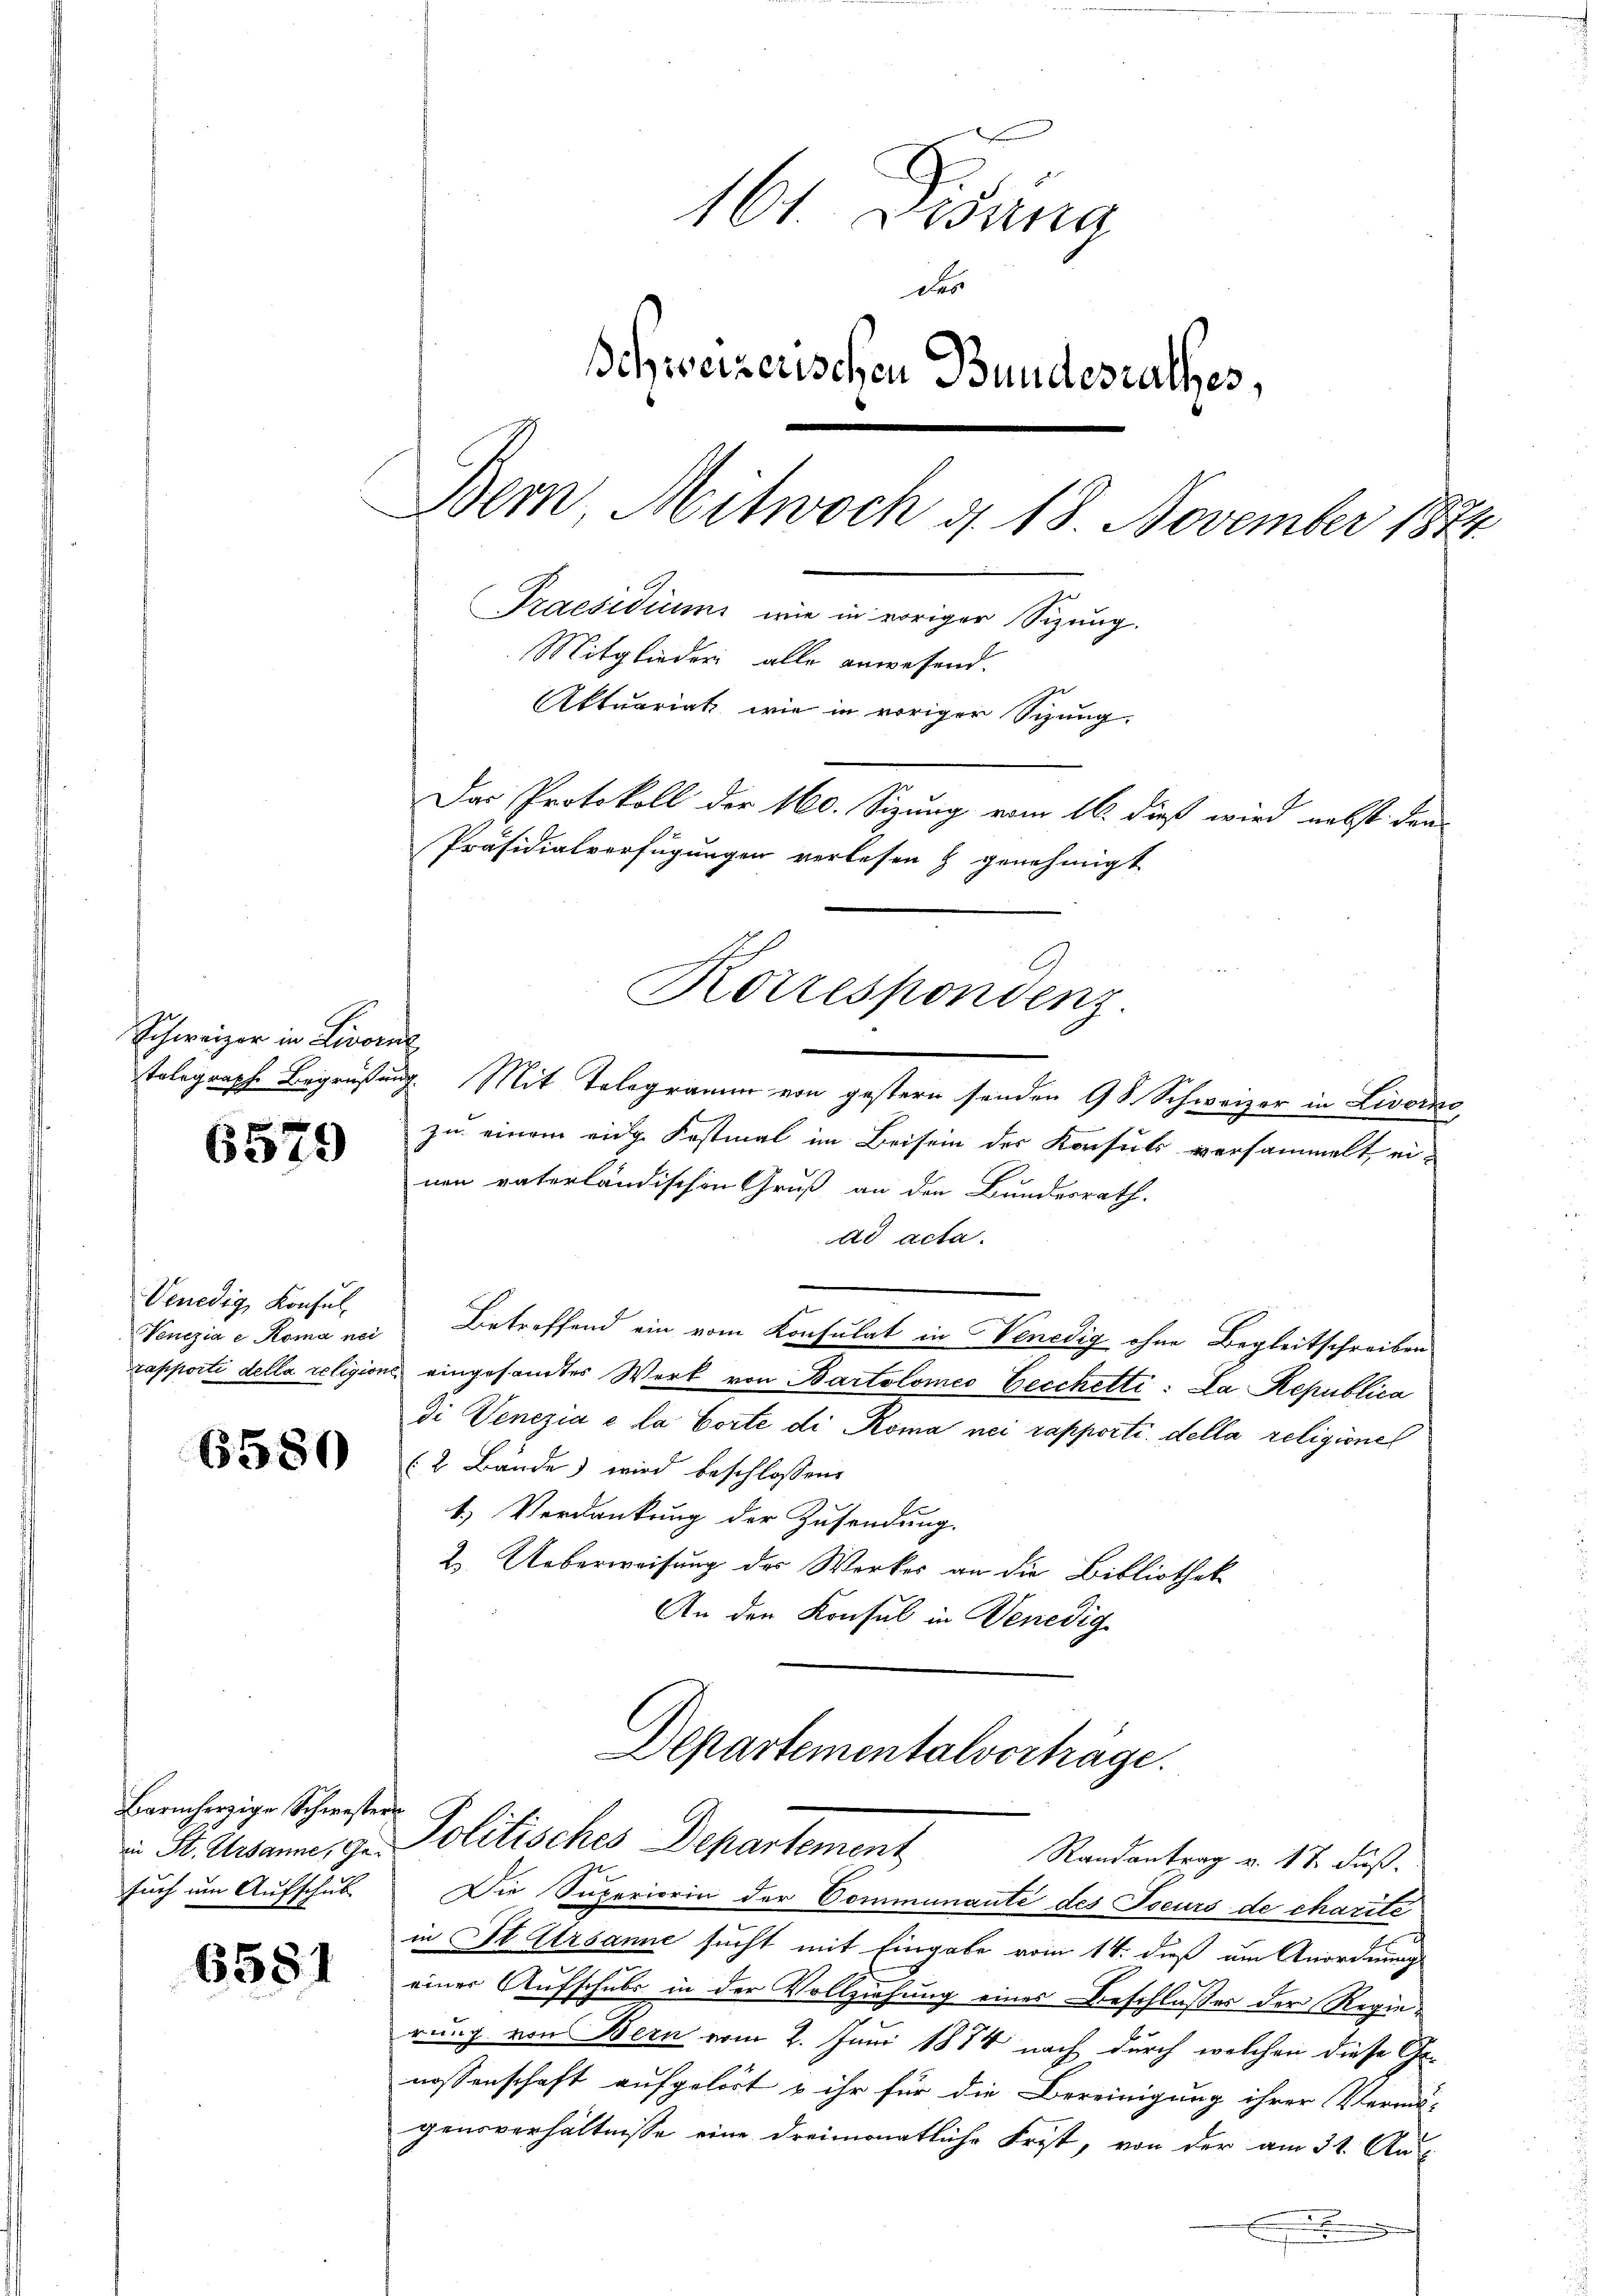
Schweizer in Livorne

6579

Venedig, Konsul

6580

Barmherzige Schwestern
such um Aufschul

6581

161. Disung
des
Schweizerischen Bundesrathes,
Bern, Mitwoch d. 18. November 1874.
Praesidium wie in voriger Sizung.
Mitglieder alle anwesend.
Aktuariat wie in voriger Sitzung
Das Protokoll der 160. Sizung vom 16. dieß wird nebst den
Präsidialverfügungen verlesen & genehmigt

tolographe Begrüßung. Mit Telegramm von gestern senden 9 S. Schweizer in Livorno,
zu einem eidge Kostmal im Beisein der Konsuls versammelt, einen vaterländischen Gruß an den Bundesrath.
ad acta.
Venezia e Roma nei Betreffend ein vom Konsulat in Venedig ohne Begleitschreiben
rapporti della religions eingesandtes Werk von Bartolomeo Gecchetti: Da Republica
di Venezia e la Corte di Roma nei rapporti della religionel
(2 Bände) wird beschlossene
1.) Verdankung der Zusendung.
2. Ueberweisung des Werkes an die Bibliothek
An den Konsul in Benedig

Korrespondenz.

Departementalverträge.
 Sr. Mann, gr. Politisches Departement

Randantrag v. 12 Fuß.
Die Superiorin der Communauté des Toeurs de charité
in St. Ursanne sucht mit Eingabe vom 14. dieß um Anordnungs
einer Aufschubs in der Vollziehung eines Beschlußes der Regierung von Bern vom 2. Juni 1874 nach durch welchen diese Genossenschaft aufgelöst u ihr für die Bereinigung ihrer Vermö-
gensverhältnisse eine dreimonatliche Frist, von der am 31. Aus
.